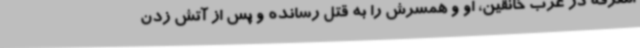
التفرقه در غرب خانقین، او و همسرش را به قتل رسانده و پس از آتش زدن